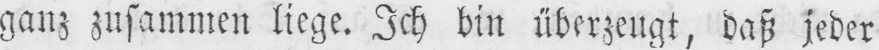
ganz zusammen liege. Ich bin überzeugt, daß jeder